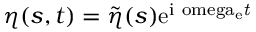
\eta ( s , t ) = \tilde { \eta } ( s ) \mathrm { { e } ^ { \mathrm { { i } \ o m e g a _ { \mathrm { e } } \it { t } } } }